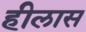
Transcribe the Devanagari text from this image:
हीलास